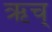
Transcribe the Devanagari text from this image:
ऋच्‌